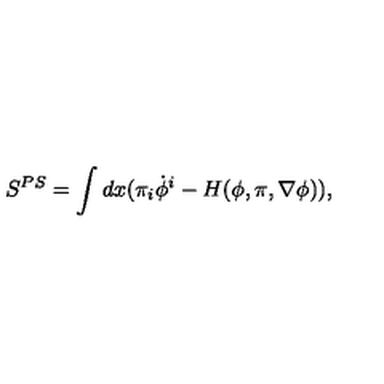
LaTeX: S ^ { P S } = \int d x ( \pi _ { i } \dot { \phi } ^ { i } - H ( \phi , \pi , \nabla \phi ) ) ,